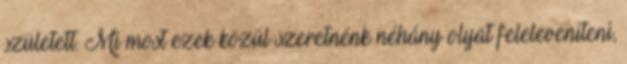
született. Mi most ezek közül szeretnénk néhány olyat feleleveníteni,